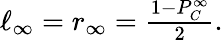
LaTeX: \begin{array}{r}{\ell_{\infty}=r_{\infty}=\frac{1-P_{C}^{\infty}}{2}.}\end{array}